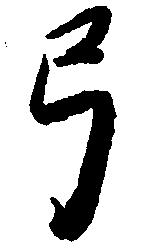
弓